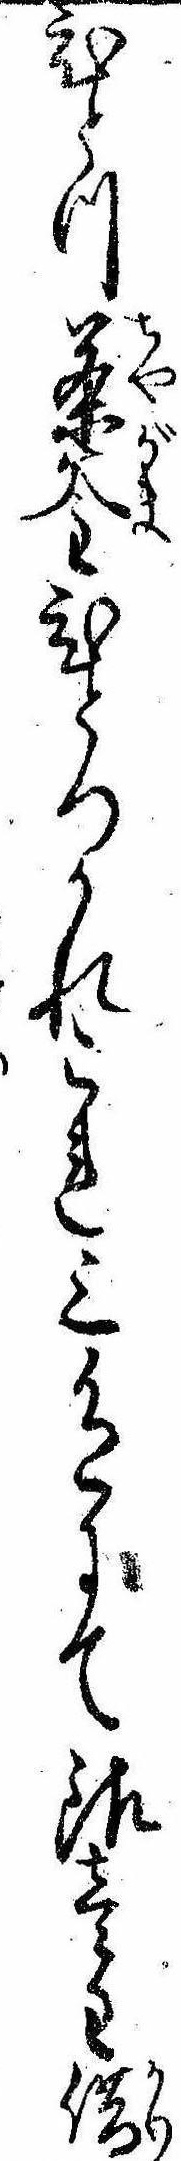
ひとつ茶釜ひとつかれこれ三色にて銀壱匁借